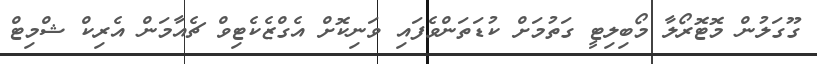
ގޫގަލުން މޮޓޮރޯލާ މޯބިލިޓީ ގަތުމަށް ކުޑަތަންވެފައި ވަނިކޮށް އެގްޒެކެޓިވް ޗެއާމަން އެރިކް ޝްމިޓް